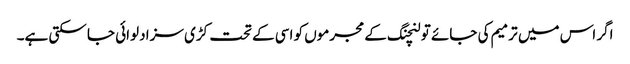
اگر اس میں ترمیم کی جائے تو لنچنگ کے مجرموں کو اسی کے تحت کڑی سزا دلوائی جا سکتی ہے۔